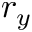
r _ { y }